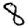
Digit: 8